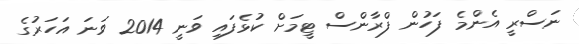
ނަސްރީ އެންމެ ފަހުން ފްރާންސް ޓީމަށް ކުޅެފައި ވަނީ 2014 ވަނަ އަހަރުގެ